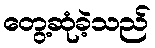
တွေ့ဆုံခဲ့သည်